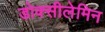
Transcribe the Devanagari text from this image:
डोक्सीलेमिन